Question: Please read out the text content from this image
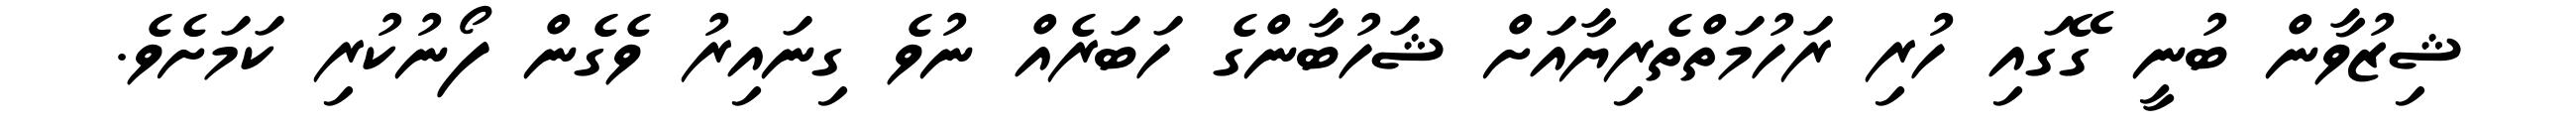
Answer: ޝިޒުވާން ބުނީ ގޭގައި ހުރި ރަހުމަތްތެރިޔާއަށް ޝަހުބާންގެ ހަބަރެއް ނުވެ ގިނައިރު ވެގެން ފޯނުކުރި ކަމަށެވެ.